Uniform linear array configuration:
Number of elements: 48
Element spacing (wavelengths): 0.75
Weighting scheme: cosine
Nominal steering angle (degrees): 30
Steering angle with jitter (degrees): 30.218
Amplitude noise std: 0.05
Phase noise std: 0.05

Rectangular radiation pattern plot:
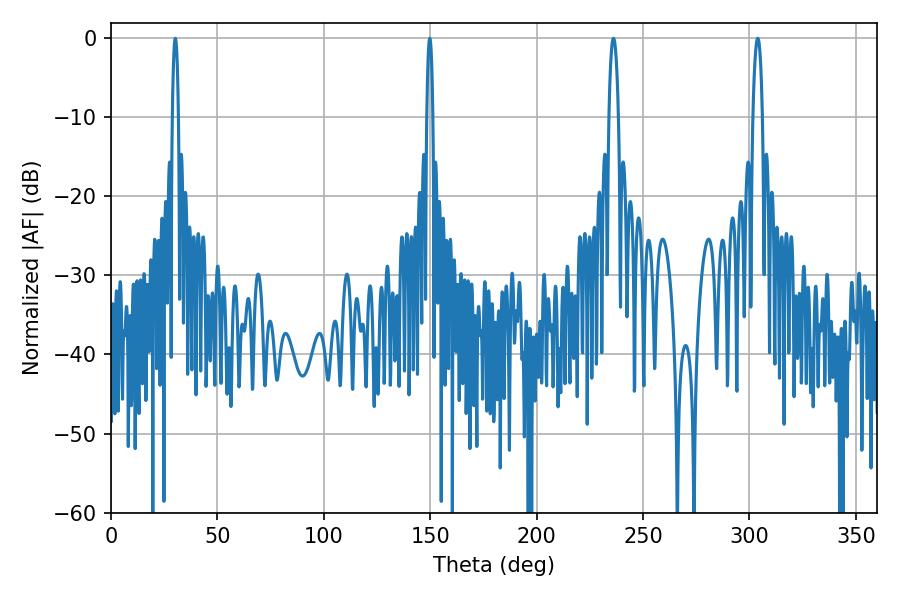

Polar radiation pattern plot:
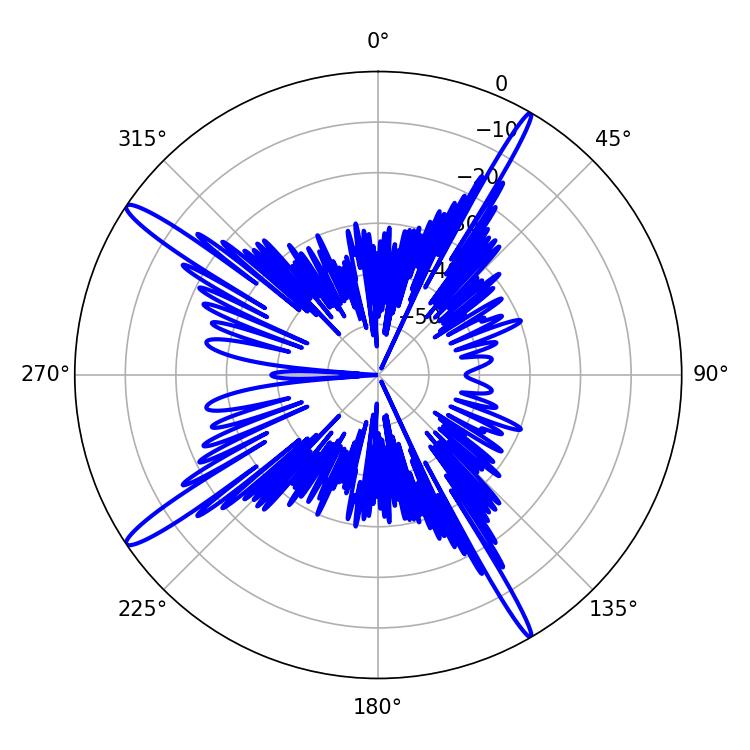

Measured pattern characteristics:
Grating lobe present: TRUE
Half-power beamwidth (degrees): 1.44
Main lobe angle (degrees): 30.24